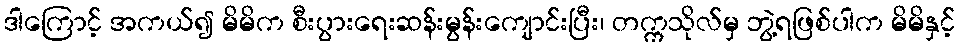
ဒါကြောင့် အကယ်၍ မိမိက စီးပွားရေးဆန်းမွန်းကျောင်းပြီး၊ တက္ကသိုလ်မှ ဘွဲ့ရဖြစ်ပါက မိမိနှင့်